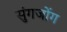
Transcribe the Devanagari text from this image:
सुंगजोंग